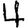
Digit: 4